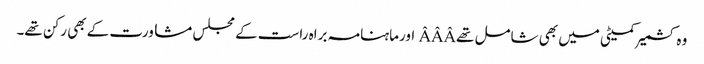
وہ کشمیر کمیٹی میں بھی شامل تھےÂÂÂ اورماہنامہ براہ راست کے مجلس مشاورت کے بھی رکن تھے۔